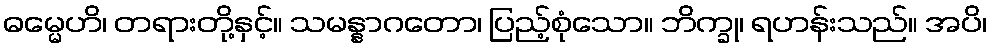
ဓမ္မေဟိ၊ တရားတို့နှင့်။ သမန္နာဂတော၊ ပြည့်စုံသော။ ဘိက္ခု၊ ရဟန်းသည်။ အပိ၊